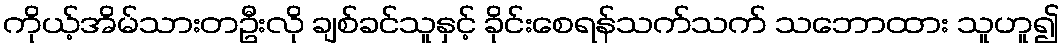
ကိုယ့်အိမ်သားတဦးလို ချစ်ခင်သူနှင့် ခိုင်းစေရန်သက်သက် သဘောထား သူဟူ၍